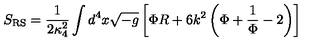
S _ { \mathrm { R S } } = { \frac { 1 } { 2 \kappa _ { 4 } ^ { 2 } } } \int d ^ { 4 } x \sqrt { - g } \left[ \Phi R + 6 k ^ { 2 } \left( \Phi + { \frac { 1 } { \Phi } } - 2 \right) \right]